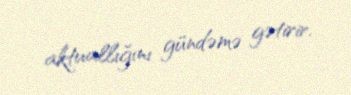
aktuallığını gündəmə gətirir.